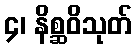
၄၊ နိစ္ဆဝိသုတ်